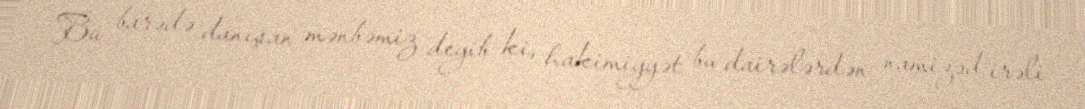
Bu barədə danışan mənbəmiz deyib ki, hakimiyyət bu dairələrdən namizəd irəli